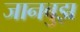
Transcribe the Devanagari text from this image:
जानबुझ